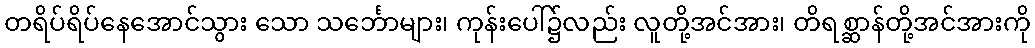
တရိပ်ရိပ်နေအောင်သွား သော သင်္ဘောများ၊ ကုန်းပေါ်၌လည်း လူတို့အင်အား၊ တိရစ္ဆာန်တို့အင်အားကို